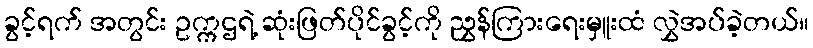
ခွင့်ရက် အတွင်း ဥက္ကဌရဲ့ ဆုံးဖြတ်ပိုင်ခွင့်ကို ညွှန်ကြားရေးမှူးထံ လွှဲအပ်ခဲ့တယ်။